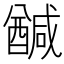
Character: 𮡂